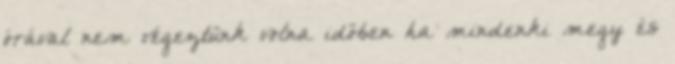
órával nem végeztünk volna időben ha mindenki megy és